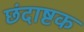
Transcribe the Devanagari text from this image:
छंदाष्टक